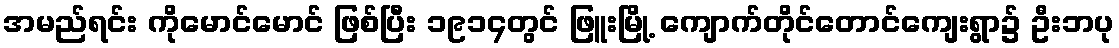
အမည်ရင်း ကိုမောင်မောင် ဖြစ်ပြီး ၁၉၁၄တွင် ဖြူးမြို့ ကျောက်တိုင်တောင်ကျေးရွာ၌ ဦးဘပု